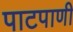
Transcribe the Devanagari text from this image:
पाटपाणी